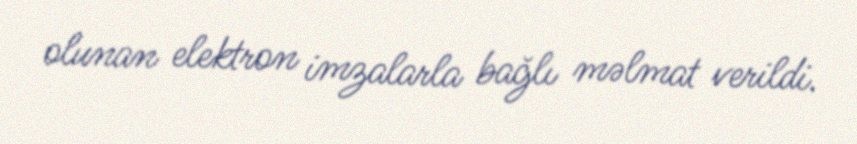
olunan elektron imzalarla bağlı məlmat verildi.